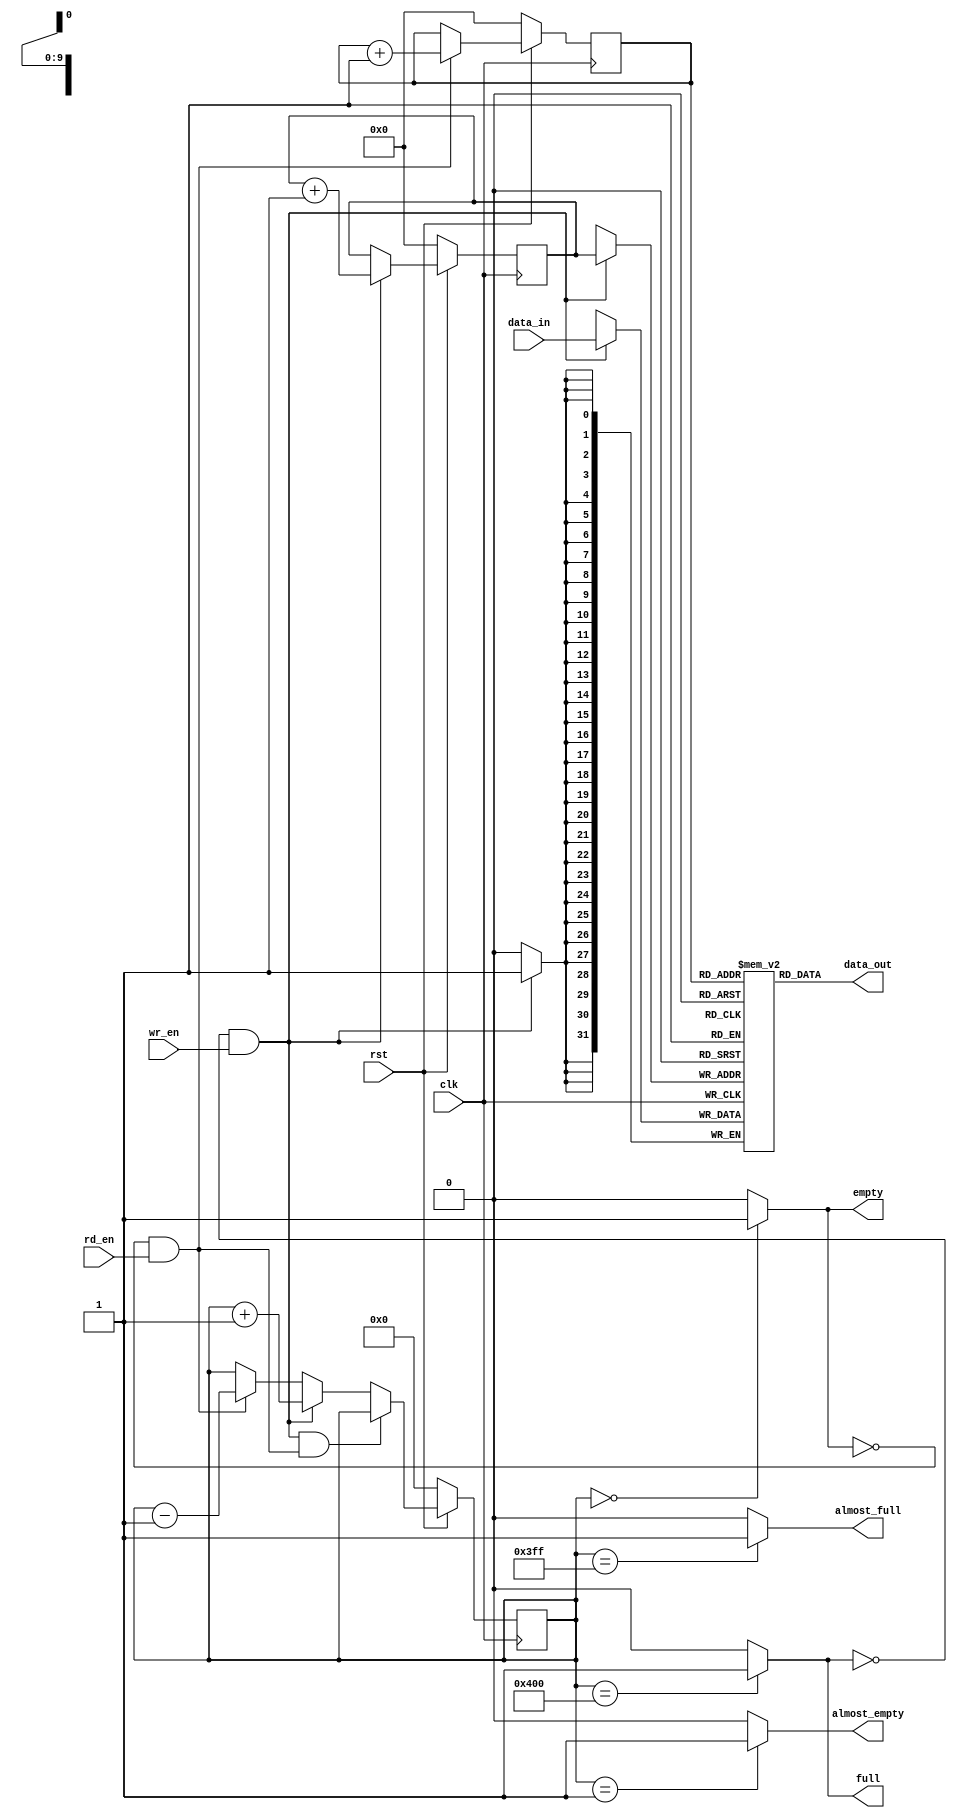
`timescale 1 ns / 1 ps

module fifo #
(
	parameter integer data_width = 32
)
(
	input rst,
	input clk,  
	input wr_en,
	input rd_en,
	input [data_width-1:0] data_in,      
	output wire [data_width-1:0] data_out,   
	output wire full,
	output wire empty,
	output wire almost_full,	
	output wire almost_empty
);

reg [data_width-1:0] memory[0:1023]; 

reg [10:0] fifo_cnt; 

reg [9:0] rd_p,wr_p;

assign full  = (fifo_cnt == 1024)?1'b1:1'b0; 
assign empty = (fifo_cnt == 0)?1'b1:1'b0;  
assign almost_full  = (fifo_cnt == 1023)?1'b1:1'b0; 
assign almost_empty = (fifo_cnt == 1)?1'b1:1'b0;  
  
always @(posedge clk)
begin  
    if(!rst)  
        fifo_cnt <= 0;  
    else if((!full&&wr_en)&&(!empty&&rd_en)) 
        fifo_cnt <= fifo_cnt;  
    else if(!full && wr_en)         
        fifo_cnt <= fifo_cnt + 1;  
    else if(!empty&& rd_en) 
        fifo_cnt <= fifo_cnt-1;  
    else   
        fifo_cnt <= fifo_cnt;  
end  
  
assign data_out = memory[rd_p];
  
always @(posedge clk) 
begin 
    if(wr_en && !full)  
        memory[wr_p] <= data_in;  
end  
  
always @(posedge clk) 
begin  
    if(!rst)  
        wr_p <= 0;    
    else  
    begin
        if(!full && wr_en)  
            wr_p <= wr_p + 1;  
        else
            wr_p <= wr_p;
    end  
end 

always @(posedge clk) 
begin  
    if(!rst)   
        rd_p <= 0;   
    else 
    begin  
        if(!empty && rd_en)  
            rd_p <= rd_p + 1; 
        else
            rd_p <= rd_p;
    end  
end  

endmodule